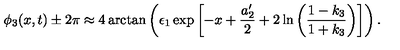
\phi _ { 3 } ( x , t ) \pm 2 \pi \approx 4 \arctan \left( \epsilon _ { 1 } \exp \left[ - x + \frac { a _ { 2 } ^ { \prime } } { 2 } + 2 \ln \left( \frac { 1 - k _ { 3 } } { 1 + k _ { 3 } } \right) \right] \right) .